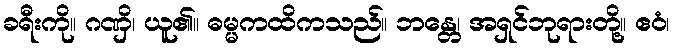
ခရီးကို။ ဂဏှိ၊ ယူ၏။ ဓမ္မကထိကသည်။ ဘန္တေ၊ အရှင်ဘုရားတို့။ ဧဝံ၊